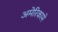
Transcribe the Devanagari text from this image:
अमेरिकामे